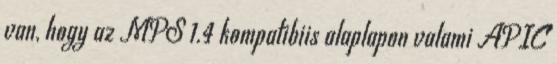
van, hogy az MPS 1.4 kompatibiis alaplapon valami APIC